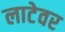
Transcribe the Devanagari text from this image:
लाटेवर